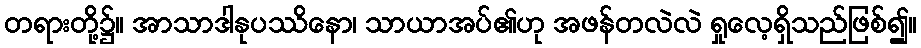
တရားတို့၌။ အာသာဒါနုပဿိနော၊ သာယာအပ်၏ဟု အဖန်တလဲလဲ ရှုလေ့ရှိသည်ဖြစ်၍။